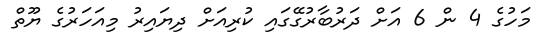
މަހުގެ 4 ން 6 އަށް ދަރުބާރުގޭގައި ކުރިއަށް ދިޔައިރު މިއަހަރުގެ ޔޫތް